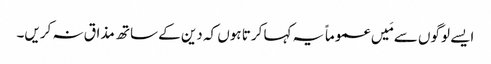
ایسے لوگوں سے مَیں عموماً یہ کہا کرتا ہوں کہ دین کے ساتھ مذاق نہ کریں۔